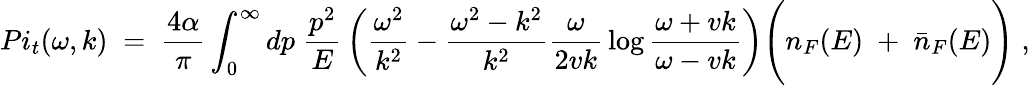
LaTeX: {Pi_{t}(\omega,k)\; =\; {\frac{4\alpha}{\pi}}\int_{0}^{\infty}dp\; {\frac{p^{2}}{E}}\left({\frac{\omega^{2}}{k^{2}}}-{\frac{\omega^{2}-k^{2}}{k^{2}}}{\frac{\omega}{2vk}}\log{\frac{\omega+vk}{\omega-vk}}\right)\Bigg(n_{F}(E)\; +\; {\bar{n}}_{F}(E)\Bigg)\; ,}